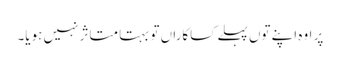
پر اوہ اپنے توں پہلے کساکاراں تو بہتا متاثر نہیں ہویا۔